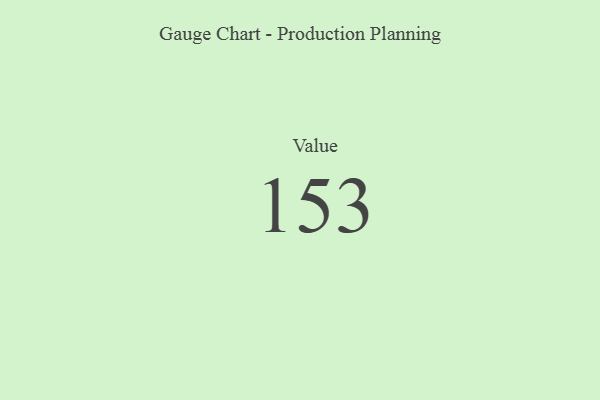
{"axis": {"x": "Metric", "y": "Value"}, "legend": [""], "data": [{"x": "Value", "y": 153, "type": ""}]}